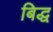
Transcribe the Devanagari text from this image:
बिद्ध